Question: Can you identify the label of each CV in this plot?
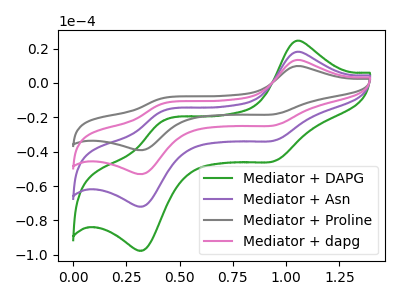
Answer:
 <answer>The green curve is labeled "Mediator + DAPG". The purple curve is labeled "Mediator + Asn". The gray curve is labeled "Mediator + Proline". The pink curve is labeled "Mediator + dapg".</answer>
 <eval></eval>